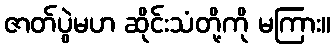
ဇာတ်ပွဲမဟ ဆိုင်းသံတို့ကို မကြား။